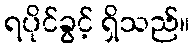
ရပိုင်ခွင့် ရှိသည်။